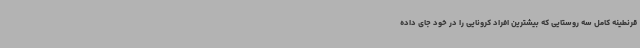
قرنطینه کامل سه روستایی که بیشترین افراد کرونایی را در خود جای داده